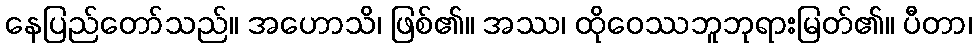
နေပြည်တော်သည်။ အဟောသိ၊ ဖြစ်၏။ အဿ၊ ထိုဝေဿဘူဘုရားမြတ်၏။ ပီတာ၊